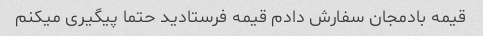
قیمه بادمجان سفارش دادم قیمه فرستادید حتما پیگیری میکنم